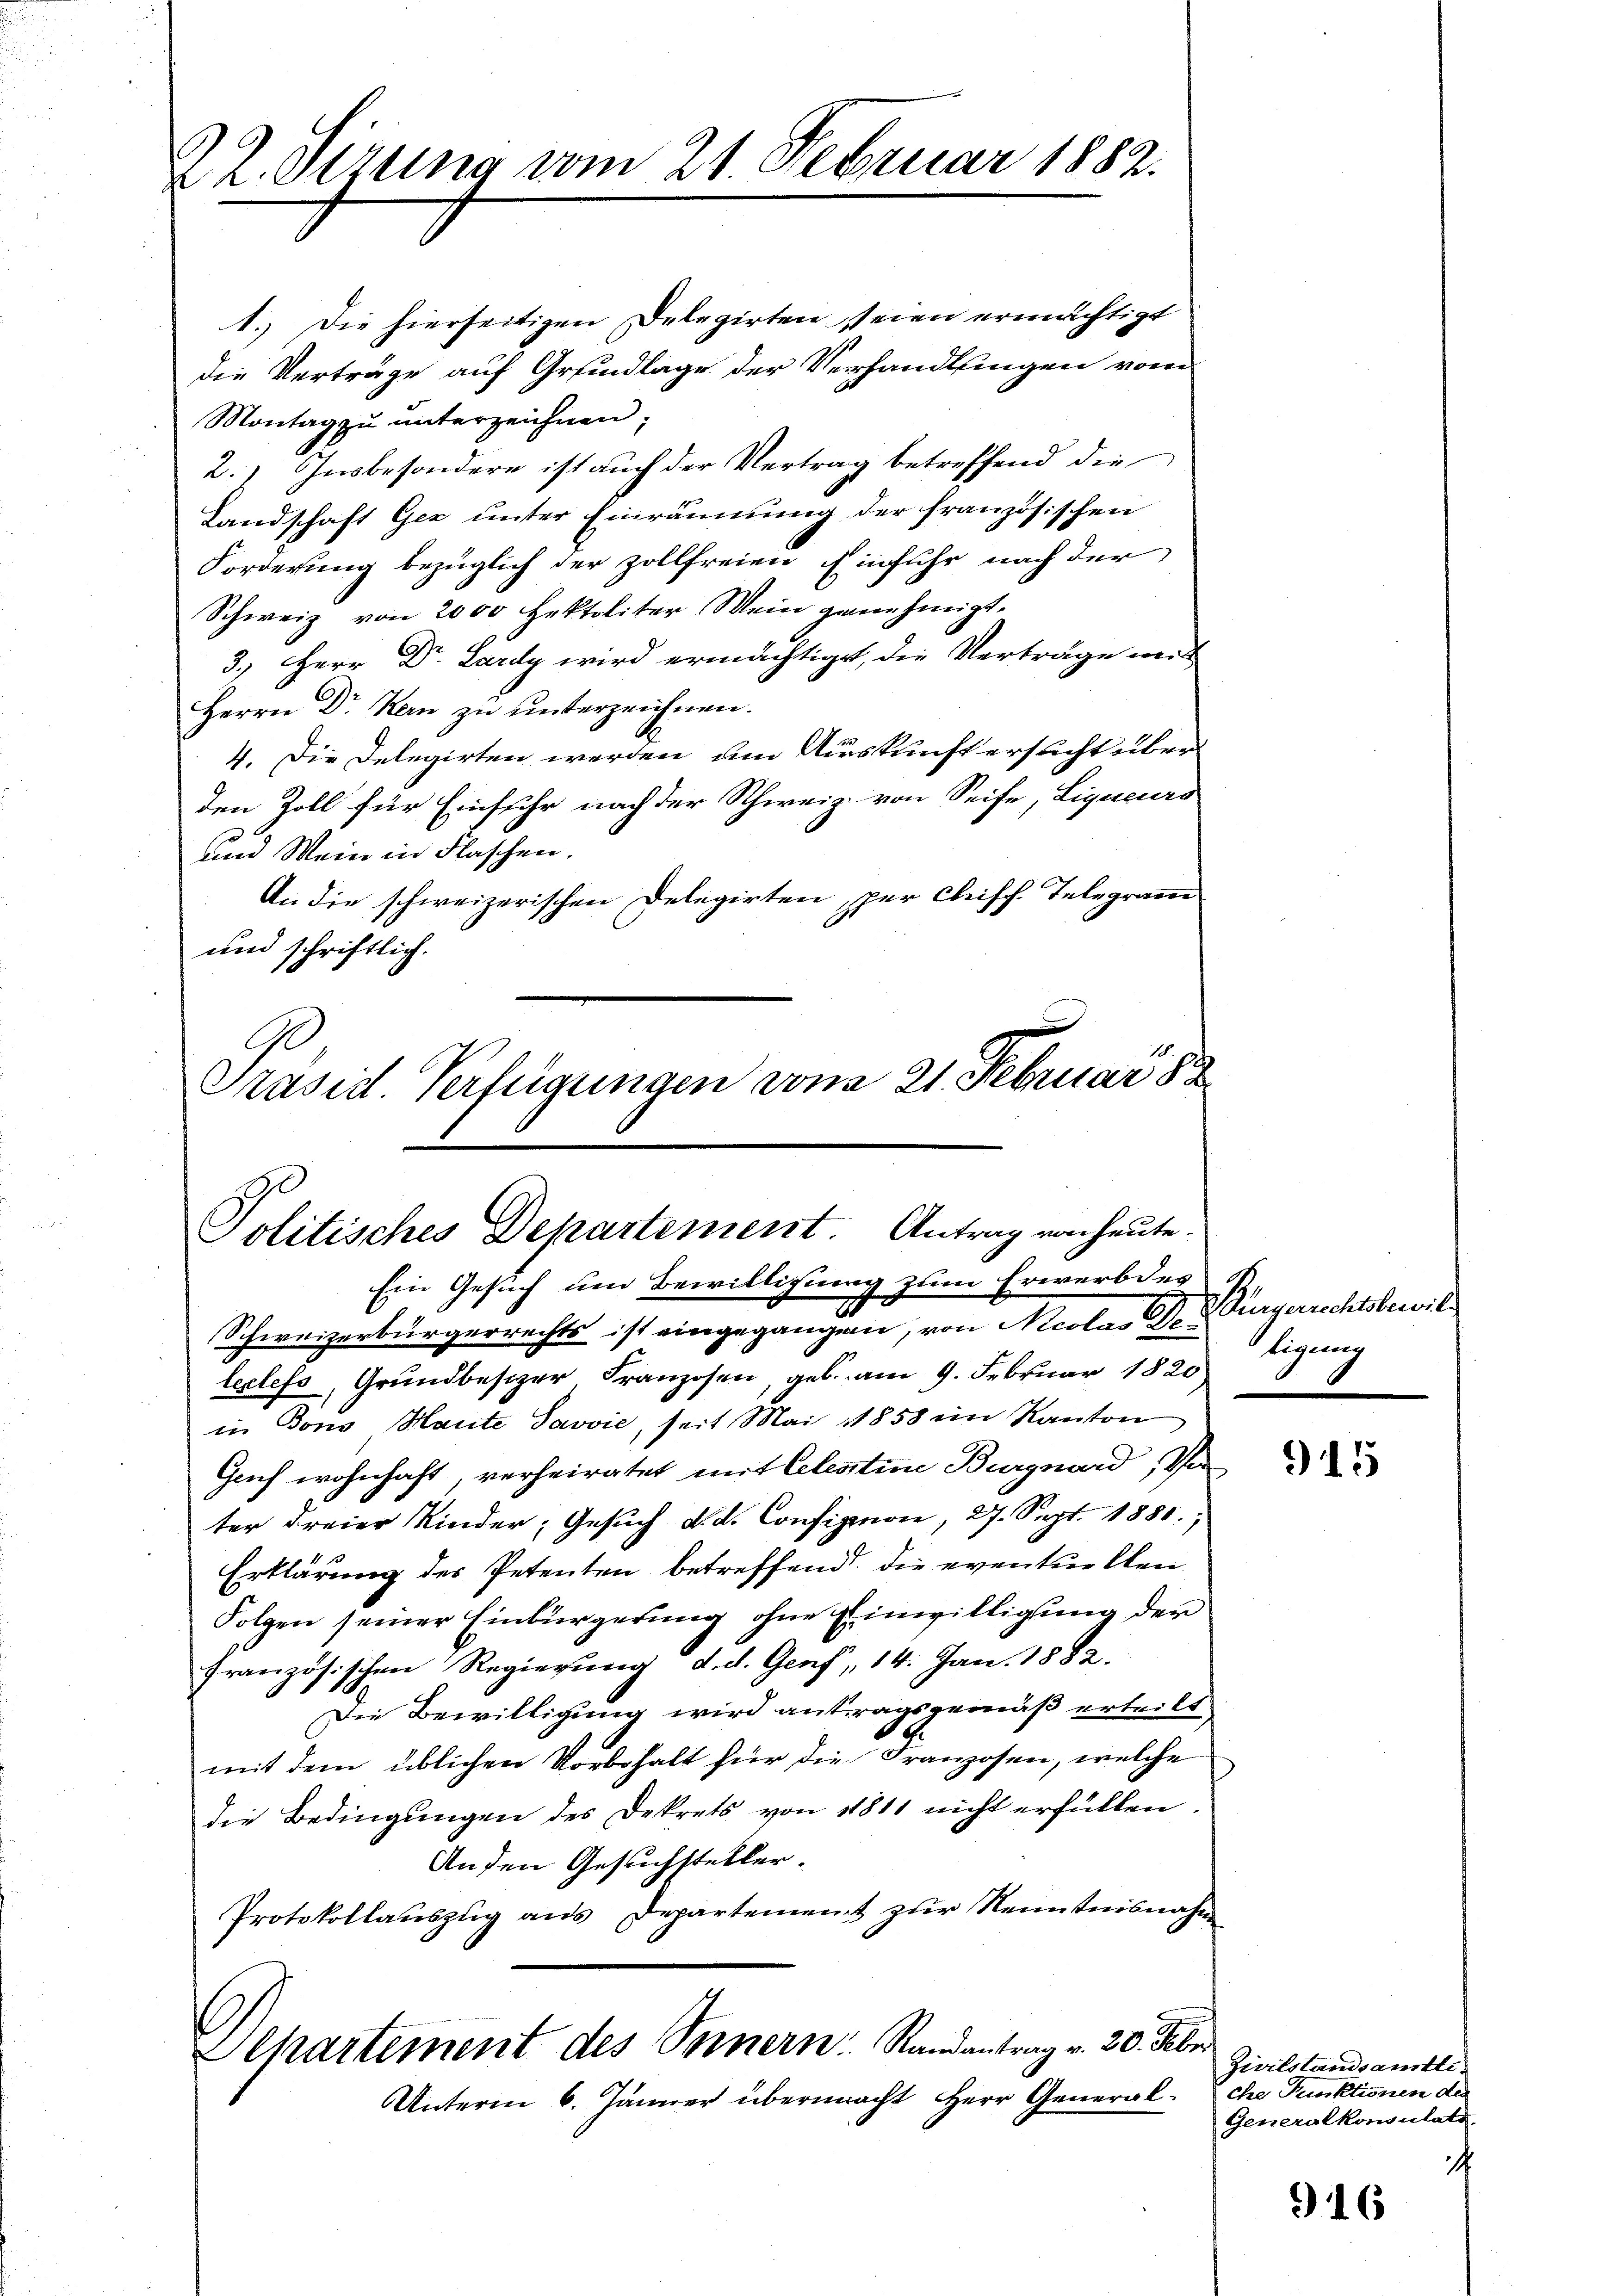
22. Sizung vom 21 Februar 1882.

Präsid. Verfügungen von 21. Februar 188
Politisches Departement. Antrag von heute.
Ein Gesuch um Bewilligung zum Erwerb des
6
Schweizerbürgerrechts ist eingegangen, von Nicolas ei

1. Die hierseitigen Delegirten seien erinrichtigt
die Verträge auf Grundlage der Verhandlungen vom
Montag zu unterzeichnen;
2.) Insbesondere ist auch der Vertrag betreffend die
Landschaft Gez unter Einräumung der französischen
Forderung bezüglich der zollfreien Einfuhr nach der
Schweiz von 2000 Hektoliter Mein genehmigt.
3.) Herr Dr. Lardy wird ermächtiget, die Verträge mit
Herrn Dr Kern zu unterzeichnen.
4. Die Delegirten werden, um Auskunft ersucht über
den Zoll für Einfuhr nach der Schweiz. von Seife, Ligueurs
und Mein in Flaschen.
An die schweizerischen Delegirten, per Chiff. Telegram
und schriftlich.

leclefs, Grundbesizer Franzosen, geb. am 9. Februar 1820
in Bons Haute Javvić, seit Mai 1858 im Kanton
Genf wohnhaft, verheiratet mit Celestine Burgnard, Va
ter dreier Kinder, Gesuch d. d. Configmon, 27. Sept. 1880
Erklärung des Petenten betreffend. Die eventuellen
Folgen seiner Einbürgerung ohne Einwilligung der
französischen Regierung d. d. Genf, 14. Jan. 1882.
Die Bewilligung wird antragsgemäß erteilt
mit dem üblichen Vorbehalt für die Franzosen, welche
die Bedingungen des Dekrets von 1811 nicht erfüllen
Anden Gesuchsteller.
Protokollauszug aus Departement zur Kenntnisnahme

Departement des Innern Randantrag v. 20. Febr
Unterm 6. Jänner übermacht Herr General-

Bürgerrechtsbewiltigung

915

Zivilstandsamtliche Punktionen der
Generalkonsulats

916